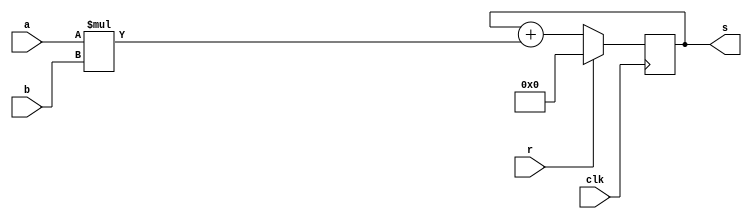
module somador(
	input clk,
	input [7:0] a,
	input [7:0] b,
	input r,
	output [7:0] s
);


	reg [7:0] s_reg;
	assign s = s_reg;

always @(posedge clk) begin
	if (r)begin
		s_reg <= 0;
	end else begin
		s_reg <= s_reg+(a*b);
	end
end
endmodule



module teste;
	reg clk;
	reg [7:0] a, b;
	reg r;
	wire [7:0] s;

always #2 clk = ~clk;

	somador A(clk, a, b, r, s);

initial begin
	$dumpvars(0, A);
	#0 clk <= 0;
	r <= 1;
	a <= 1;
	b <= 1;
	#2
	r <= 0;
	#10 
	a <= 4;
	b <= 5;
	#10 
	a <= 2;
	b <= 3;
	#50;
	$finish;
end

endmodule